Report of the Hyderabad Chloroform Commission
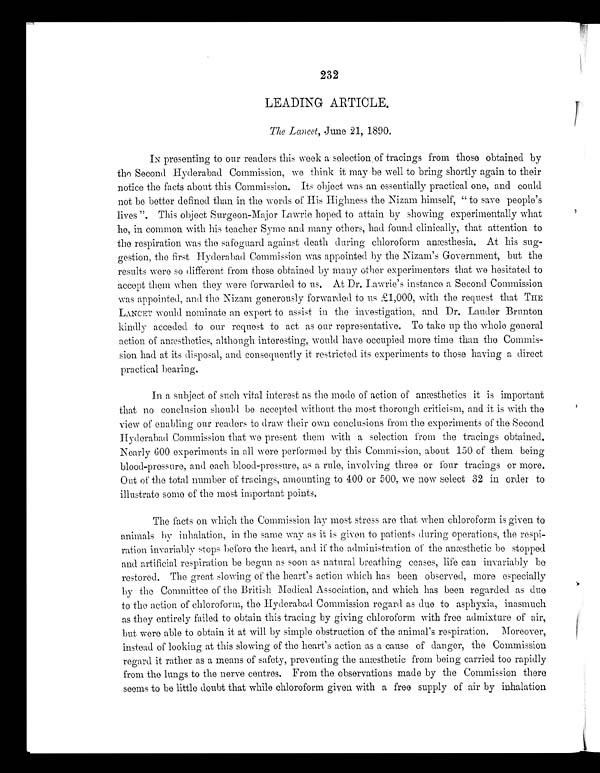
232
LEADING ARTICLE.
The Lancet, June 21, 1890.
IN presenting to our readers this week a selection . of tracings from those obtained by
the Second Hyderabad Commission, we think it may be well to bring shortly again to their
notice the facts about this Commission. Its object was an essentially practical one, and could
not be better defined than in the words of His Highness the Nizam himself, " to save people's
lives ". This object Surgeon-Major Lawrie hoped to attain by showing experimentally what
he, in common with his teacher Syme and many others, had found clinically, that attention to
the respiration was the safeguard against death during chloroform anæsthesia. At his sug-
gestion, the first Hyderabad Commission was appointed by the Nizam's Government, but the
results were so different from those obtained by many other experimenters that we hesitated to
accept them when they were forwarded to us. At Dr. Lawrie's instance a Second Commission
was appointed, and the Nizam generously forwarded to us £1,000, with the request that THE
LANCET would nominate an expert to assist in the investigation, and Dr. Lauder Brunton
kindly acceded to our request to act as our representative. To take up the whole general
action of anæsthetics, although interesting, would have occupied more time than the Commis-
sion had at its disposal, and consequently it restricted its experiments to those having a direct
practical bearing.
In a subject of such vital interest as the mode of action of anæsthetics it is important
that no conclusion should be accepted without the most thorough criticism, and it is with the
view of enabling our readers to draw their own conclusions from the experiments of the Second
Hyderabad Commission that we present them with a selection from the tracings obtained.
Nearly 600 experiments in all were performed by this Commission, about 150 of them being
blood-pressure, and each blood-pressure, as a rule, involving three or four tracings or more.
Out of the total number of tracings, amounting to 400 or 500, we now select 32 in order to
illustrate some of the most important points.
The facts on which the Commission lay most stress are that when chloroform is given to
animals by inhalation, in the same way as it is given to patients during operations, the respi-
ration invariably stops before the heart, and if the administration of the anæsthetic be stopped
and artificial respiration be begun as soon as natural breathing ceases, life can invariably be
restored. The great slowing of the heart's action which has been observed, more especially
by the Committee of the British Medical Association, and which has been regarded as due
to the action of chloroform, the Hyderabad Commission regard as due to asphyxia, inasmuch
as they entirely failed to obtain this tracing by giving chloroform with free admixture of air,
but were able to obtain it at will by simple obstruction of the animal's respiration. Moreover,
instead of looking at this slowing of the heart's action as a cause of danger, the Commission
regard it rather as a means of safety, preventing the anæsthetic from being carried too rapidly
from the lungs to the nerve centres. From the observations made by the Commission there
seems to be little doubt that while chloroform given with a free supply of air by inhalation